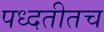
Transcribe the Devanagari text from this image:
पध्दतीतच